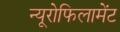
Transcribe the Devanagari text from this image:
न्यूरोफिलामेंट